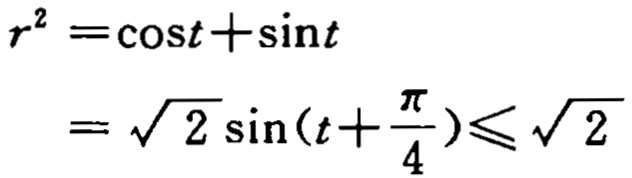
\[
\begin{align*}
r^{2}&=\cos t+\sin t\\
&=\sqrt{2}\sin(t + \frac{\pi}{4})\leqslant\sqrt{2}
\end{align*}
\]